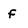
Character: f